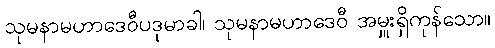
သုမနာမဟာဒေဝီပဒုမာခါ၊ သုမနာမဟာဒေဝီ အမှူးရှိကုန်သော။